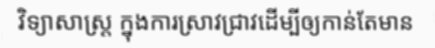
វិទ្យាសាស្ត្រ ក្នុងការស្រាវជ្រាវដើម្បីឲ្យកាន់តែមាន